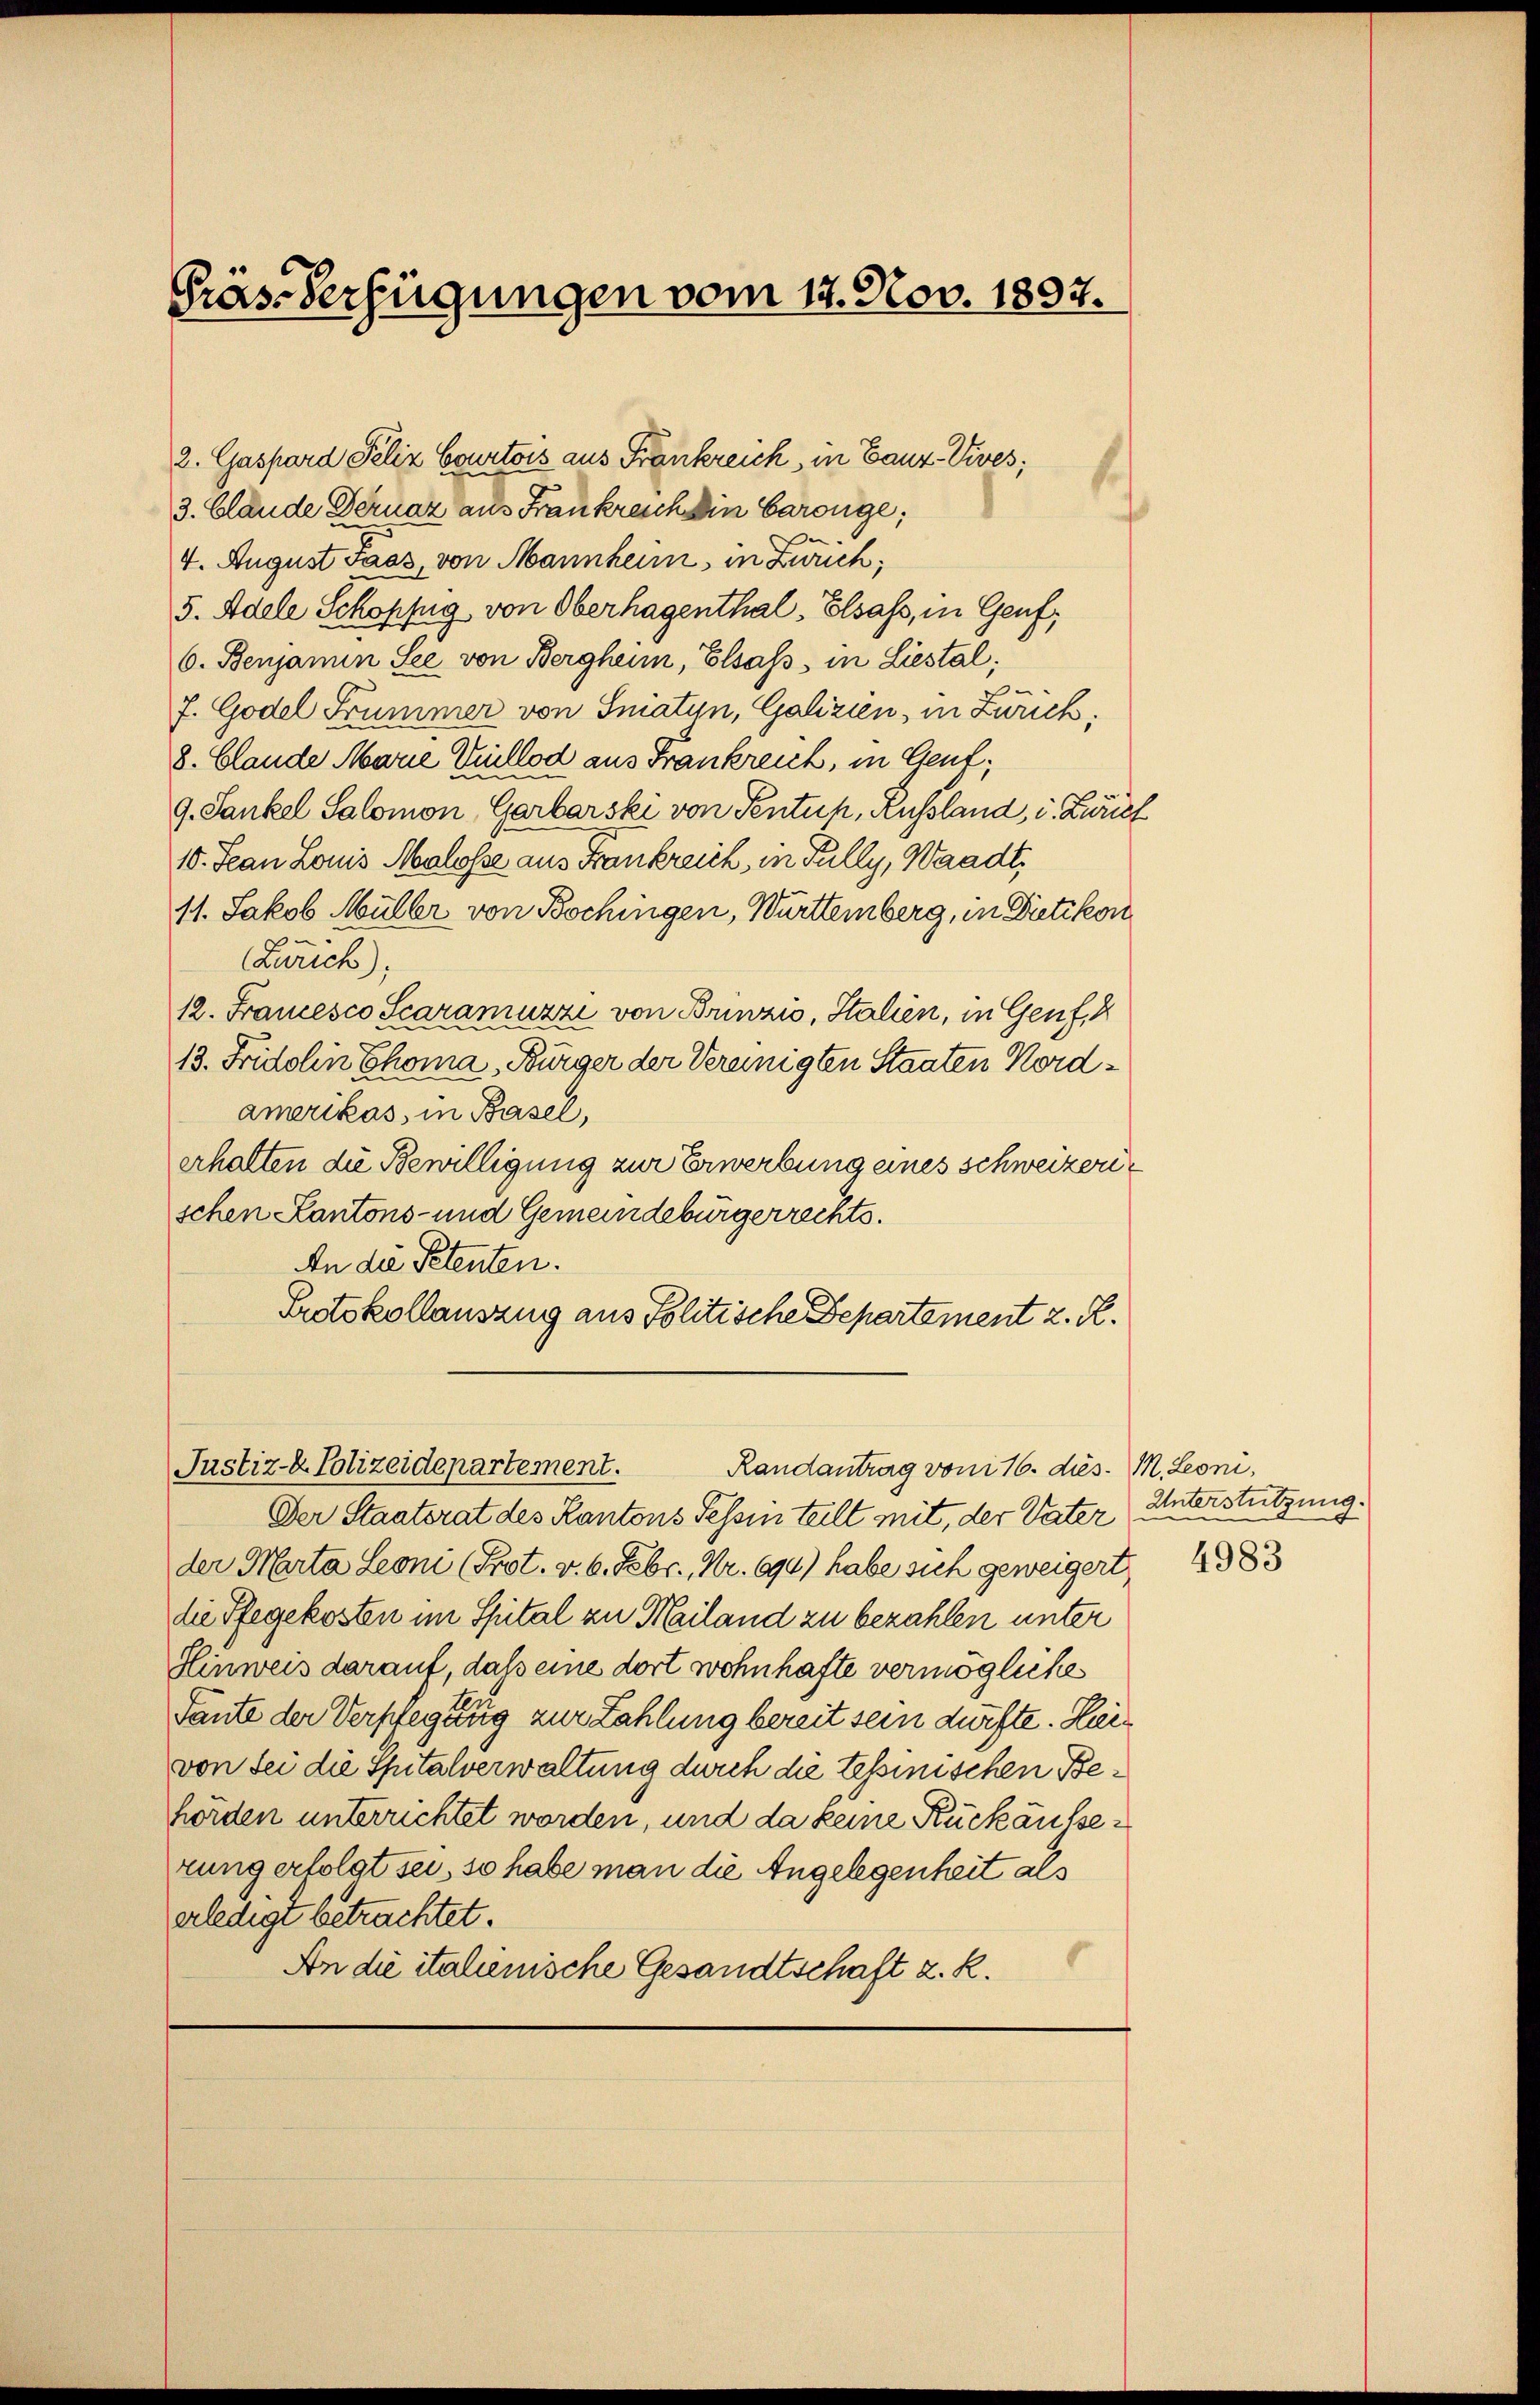
Präs-Verfügungen vom 14. Nov. 1897.

2. Gaspard Felix Courtois aus Frankreich, in Ganz-Vives;
3. Blande Dernaz aus Frankreich ein Baronge;
4. August Fass von Mannheim, in Zürich;
5. Adele Schopfug von Oberhagenthal, Elsass, in Genf,
6. Benjamin See von Bergheim, Elsass, in Liestal;
.
7. Godel Trümmer von Iniatyn, Galizien, in Zürich,
8. Blande Marie Vullod aus Frankreich, in Genf;
g. Sankel Salomon Garbarski von Pentup, Russland, d. Zurief
10. Jean Louis Malosse aus Frankreich, in Fully, Waadt,
11. Jakob Müller von Bochingen, Württemberg, in Dietikon
.
Zürich):
12. Francesco Scaramuzzi von Brinzio, Italien, in Genf, 2
13. Fridolin Thoma Bürger der Vereinigten Staaten Nordamerikas, in Basel,
erhalten die Bewilligung zur Erwerbung eines schweizerischen Kantons- und Gemeindebürgerrechts.
An die Petenten.
Protokollauszug aus Politische Departement z. R.

Justiz- & Polizeidepartement.
Randantrag von 16. dies. M. Leoni,

Der Staaterat des Kantons Tessin teilt mit, der Vater
der Marta Leoni (Prot. v. 6. Febr., Nr. 694) habe sich geweigert,
die Pfegekosten im Spital zu Mailand zu bezahlen unter
Hinweis darauf, daß eine dort wohnhafte vermögliches
Tante der Verptegung zur Zahlung bereit sein dürfte. Heivon sei die Spitalverwaltung durch die Tessinischen Behorden unterrichtet worden, und da keine Rückäusserung erfolgt sei, so habe man die Angelegenheit als
erledigt betrachtet.
x
An die italienische Gesandtschaft z. R.

Unterstützung.
4983